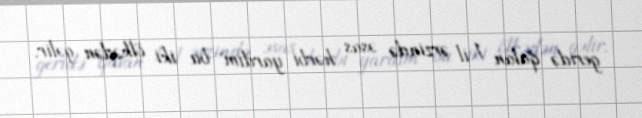
geridə qalan 1 il ərzində əsas hərbi yardım bu iki ölkədən gəlir.